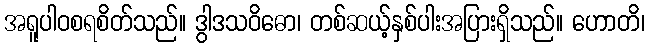
အရူပါဝစရစိတ်သည်။ ဒွါဒသဝိဓော၊ တစ်ဆယ့်နှစ်ပါးအပြားရှိသည်။ ဟောတိ၊